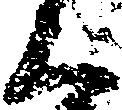
上